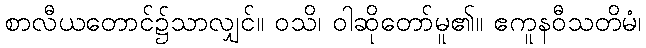
စာလီယတောင်၌သာလျှင်။ ဝသိ၊ ဝါဆိုတော်မူ၏။ ဧကူနဝီသတိမံ၊